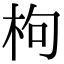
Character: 枸